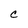
Character: c